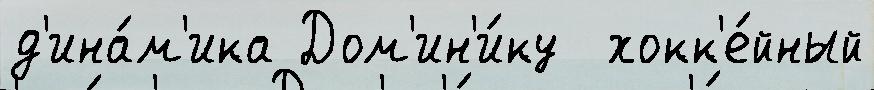
д'ина́м'ика Дом'ин'и́ку  хокк'е́йный